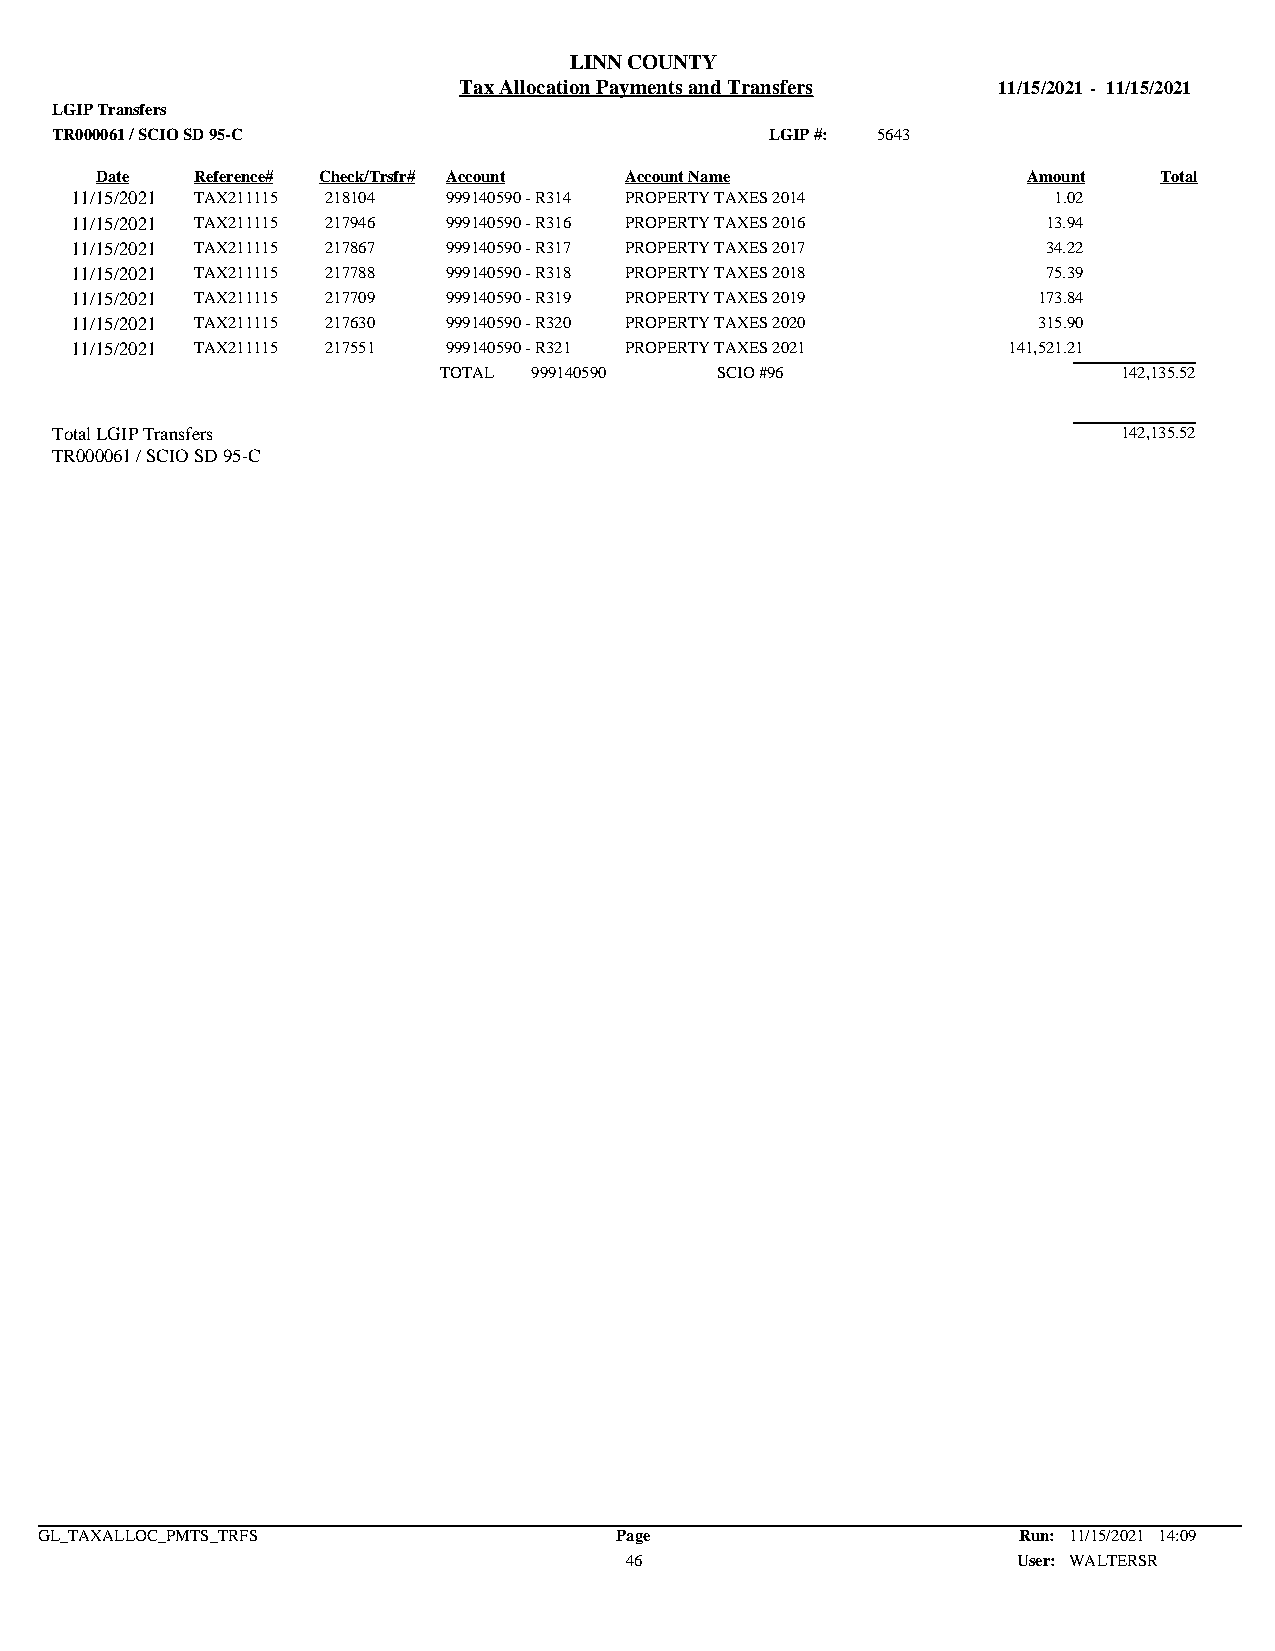
LINN COUNTY
 Tax Allocation Payments and Transfers 11/15/2021 - 11/15/2021
 LGIP Transfers
 TR000061 / SCIO SD 95-C                         LGIP #: 5643
 Date   Reference# Check/Trsfr# Account Account Name           Amount   Total
 11/15/2021 TAX211115 218104 999140590 - R314 PROPERTY TAXES 2014 1.02
 11/15/2021 TAX211115 217946 999140590 - R316 PROPERTY TAXES 2016 13.94
 11/15/2021 TAX211115 217867 999140590 - R317 PROPERTY TAXES 2017 34.22
 11/15/2021 TAX211115 217788 999140590 - R318 PROPERTY TAXES 2018 75.39
 11/15/2021 TAX211115 217709 999140590 - R319 PROPERTY TAXES 2019 173.84
 11/15/2021 TAX211115 217630 999140590 - R320 PROPERTY TAXES 2020 315.90
 11/15/2021 TAX211115 217551 999140590 - R321 PROPERTY TAXES 2021 141,521.21
 TOTAL 999140590   SCIO #96                   142,135.52
 Total LGIP Transfers                                                   142,135.52
 TR000061 / SCIO SD 95-C
 GL_TAXALLOC_PMTS_TRFS                  Page                      Run: 11/15/2021 14:09
 46                        User: WALTERSR